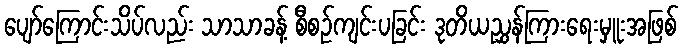
ပျော်ကြောင်းသိပ်လည်း သာသာခန့် စီစဉ်ကျင်းပခြင်း ဒုတိယညွှန်ကြားရေးမှူးအဖြစ်